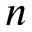
n